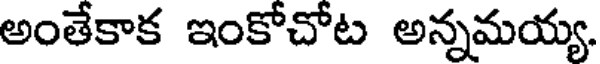
అంతేకాక ఇంకోచోట అన్నమయ్య.